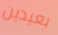
بعيدين